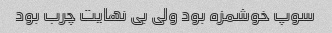
سوپ خوشمزه بود ولی بی نهایت چرب بود